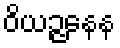
ဝိယဉ္ဇနေန